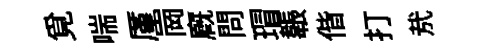
覓喘厪崗廐問瑁韔偕打㢤